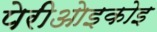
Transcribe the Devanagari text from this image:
पेरीओइकोइ